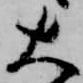
大